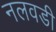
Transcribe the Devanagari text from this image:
नलवडी